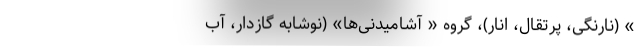
» (نارنگی، پرتقال، انار)، گروه « آشامیدنی‌‌ها» (نوشابه گازدار، آب